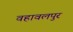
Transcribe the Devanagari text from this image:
वहावलपुर